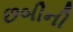
છબીની